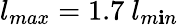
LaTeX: l_{max}=1.7~l_{m\mathbf{i}n}